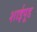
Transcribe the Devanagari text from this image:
शाईपूड